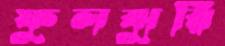
ফুলঝুরি